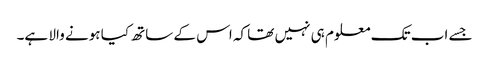
جسے اب تک معلوم ہی نہیں تھا کہ اس کے ساتھ کیا ہونے والا ہے۔